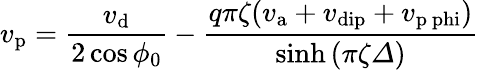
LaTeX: v_{\mathrm{p}}=\frac{v_{\mathrm{d}}}{2\cos\phi_{0}}-\frac{q\pi\zeta(v_{\mathrm{a}}+v_{\mathrm{dip}}+v_{\mathrm{p\ phi}})}{\sinh\left(\pi\zeta\varDelta\right)}